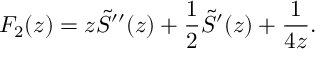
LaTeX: F _ { 2 } ( z ) = z \tilde { S } ^ { \prime \prime } ( z ) + \frac 1 2 \tilde { S } ^ { \prime } ( z ) + \frac { 1 } { 4 z } .